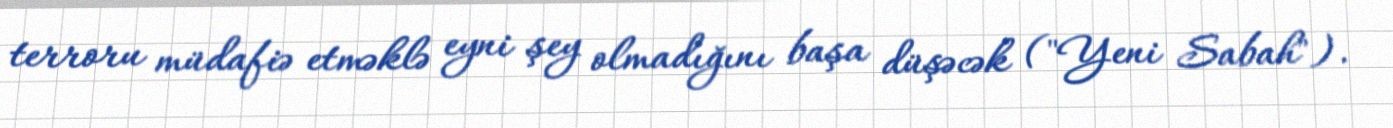
terroru müdafiə etməklə eyni şey olmadığını başa düşəcək ("Yeni Sabah").